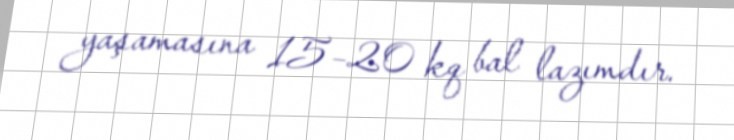
yaşamasına 15–20 kq bal lazımdır.